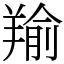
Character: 羭